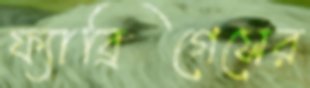
ফ্যাব্রিগেসের